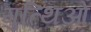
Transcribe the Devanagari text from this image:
गुत्थिओं